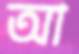
আ